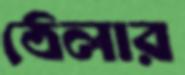
ঠেলার